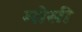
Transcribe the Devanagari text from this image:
मोसी